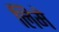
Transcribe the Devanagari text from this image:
लिमे